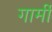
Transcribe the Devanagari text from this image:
गार्मी